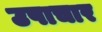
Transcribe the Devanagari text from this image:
उपाचार